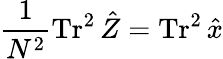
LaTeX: \frac{1}{N^{2}}\operatorname{Tr}^{2}\hat{Z}=\operatorname{Tr}^{2}\hat{x}